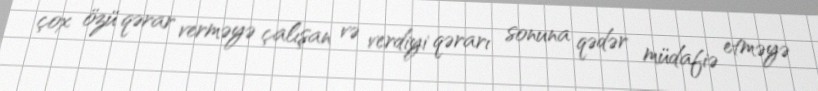
çox özü qərar verməyə çalışan və verdiyi qərarı sonuna qədər müdafiə etməyə